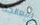
لمعالجة